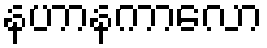
နဟာနကာလော